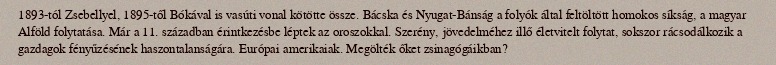
1893-tól Zsebellyel, 1895-től Bókával is vasúti vonal kötötte össze. Bácska és Nyugat-Bánság a folyók által feltöltött homokos síkság, a magyar Alföld folytatása. Már a 11. században érintkezésbe léptek az oroszokkal. Szerény, jövedelméhez illő életvitelt folytat, sokszor rácsodálkozik a gazdagok fényűzésének haszontalanságára. Európai amerikaiak. Megölték őket zsinagógáikban?